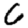
Digit: 6